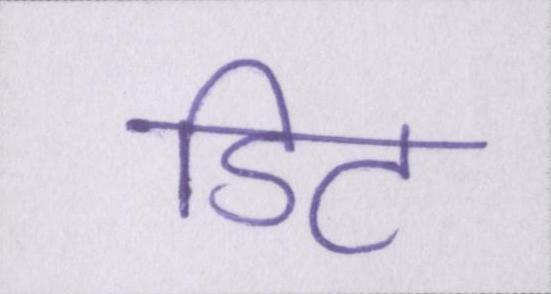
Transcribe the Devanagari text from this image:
डिट